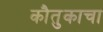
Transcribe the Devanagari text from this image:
कौतुकाचा